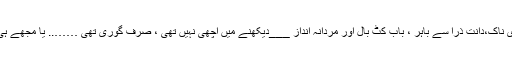
گول مٹول چہرہ ، کھڑی ناک،دانت ذرا سے باہر ، باب کٹ بال اور مردانہ انداز ___دیکھنے میں اچھی نہیں تھی ، صرف گوری تھی …….. یا مجھے ہی اچھی نہیں لگتی تھی !